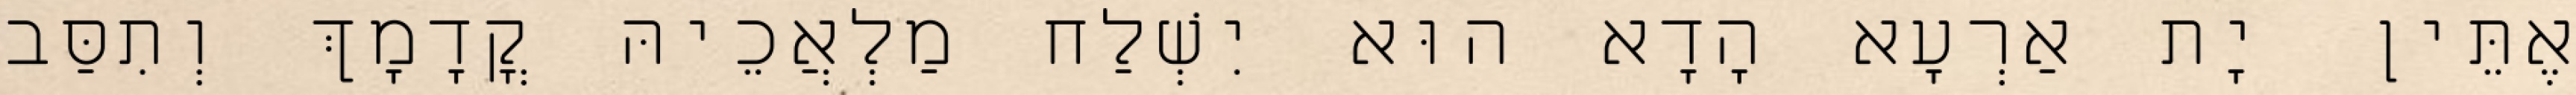
אֶתֵּין יָת אַרְעָא הָדָא הוּא יִשְׁלַח מַלְאֲכֵיהּ קֳדָמָךְ וְתִסַּב